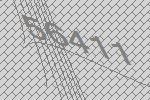
56411